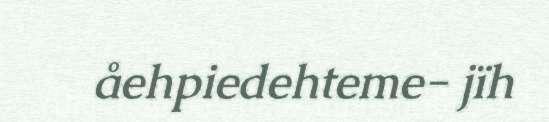
åehpiedehteme- jïh